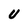
Character: U